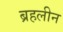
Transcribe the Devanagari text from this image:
ब्रहलीन